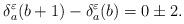
LaTeX: \begin{align*}\delta^{\varepsilon}_a(b+1)-\delta^{\varepsilon}_a(b)=0\pm2.\end{align*}